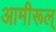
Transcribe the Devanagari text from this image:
आमीरूल्